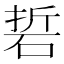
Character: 硩